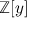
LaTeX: \mathbb { Z } [ y ]